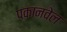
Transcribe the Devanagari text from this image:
पकानवेल